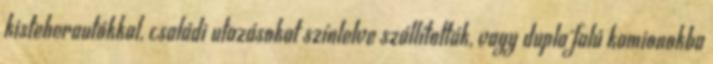
kisteherautókkal, családi utazásokat színlelve szállították, vagy dupla falú kamionokba